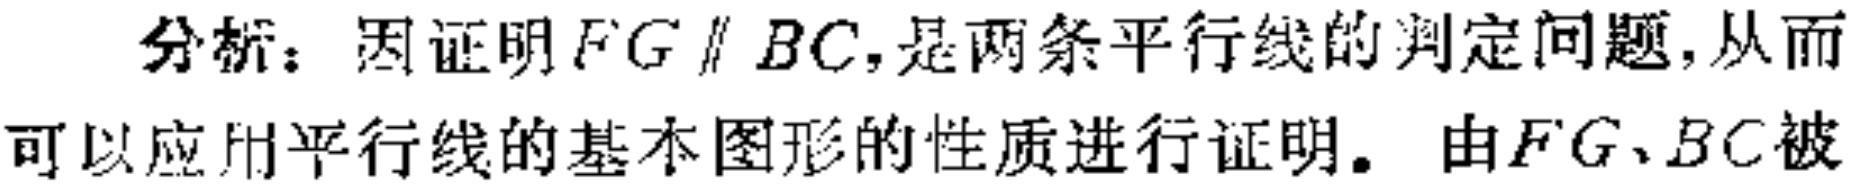
分析：因证明\(FG\parallel BC\)，是两条平行线的判定问题，从而可以应用平行线的基本图形的性质进行证明。由\(FG、BC\)被